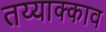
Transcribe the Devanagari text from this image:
तय्याक्काव